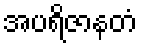
အပရိဇာနတံ